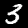
Digit: 3